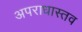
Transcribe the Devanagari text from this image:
अपराधास्तव